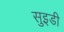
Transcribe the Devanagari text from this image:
सुइडी